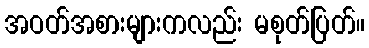
အဝတ်အစားများကလည်း မစုတ်ပြတ်။